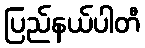
ပြည်နယ်ပါတီ